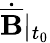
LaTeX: \dot{\overline{{\mathbf{B}}}}\vert_{t_{0}}